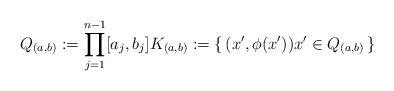
LaTeX: \begin{align*} Q_{(a,b)} := \prod_{j=1}^{n-1} [a_j,b_j] K_{(a,b)}:= \{\,(x',\phi(x')) x'\in Q_{(a,b)}\,\}\end{align*}